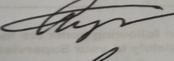
Signature authenticity: genuine